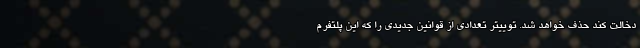
دخالت کند حذف خواهد شد. توییتر تعدادی از قوانین جدیدی را که این پلتفرم